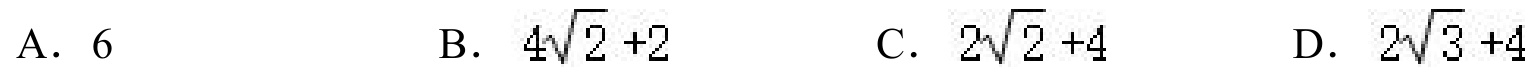
A. \(6\)
B. \(4\sqrt{2}+2\)
C. \(2\sqrt{2}+4\)
D. \(2\sqrt{3}+4\)